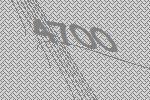
4700